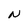
Character: N